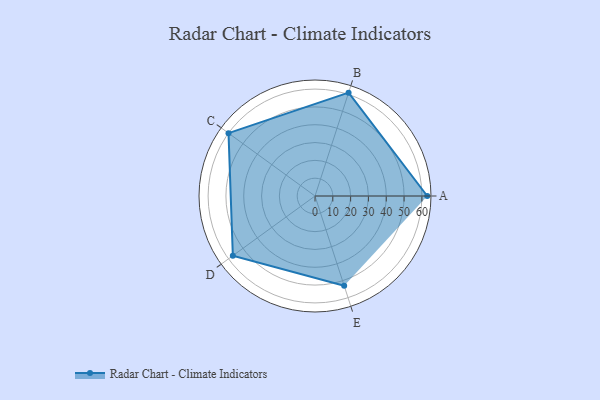
{"axis": {"x": "Skill", "y": "Score"}, "legend": ["Profile"], "data": [{"x": "A", "y": 63.0, "type": "Profile"}, {"x": "B", "y": 61.0, "type": "Profile"}, {"x": "C", "y": 60.0, "type": "Profile"}, {"x": "D", "y": 57.0, "type": "Profile"}, {"x": "E", "y": 53.0, "type": "Profile"}]}